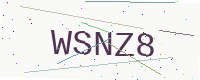
Text: WSNZ8